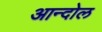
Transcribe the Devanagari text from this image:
आन्दोल